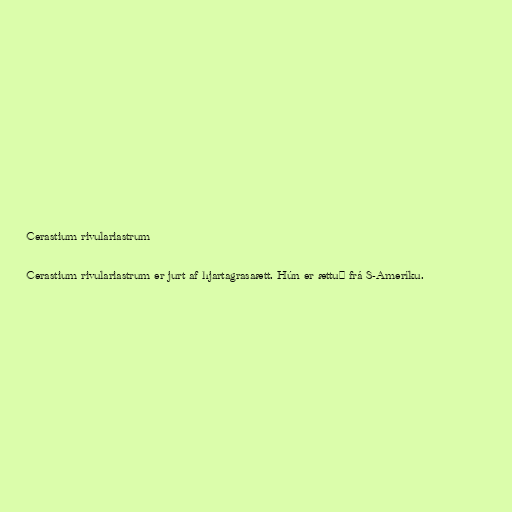
Cerastium rivulariastrum

Cerastium rivulariastrum er jurt af hjartagrasaætt. Hún er ættuð frá S-Ameríku.